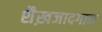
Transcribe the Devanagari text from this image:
शैख़जादगान